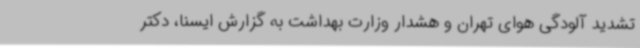
تشدید آلودگی هوای تهران و هشدار وزارت بهداشت به گزارش ایسنا، دکتر